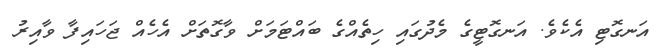
އަނގޮޓި އެކެވެ. އަނގޮޓީގެ މެދުގައި ހިތެއްގެ ބައްޓަމަށް ވާގޮތަށް އެހެއް ޖަހައިފާ ވާއިރު